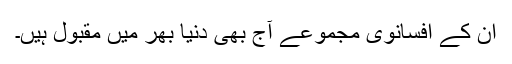
ان کے افسانوی مجموعے آج بھی دنیا بھر میں مقبول ہیں۔